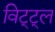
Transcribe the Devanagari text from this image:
विट्ट्ल